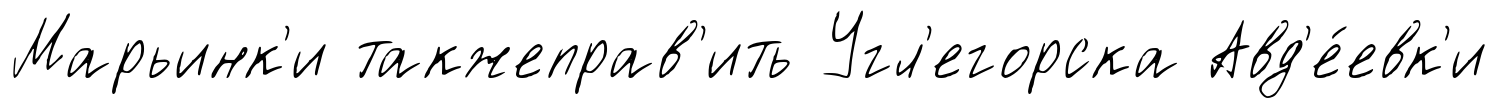
Марьинк'и такжеправ'ить Угл'егорска Авд'е́евк'и